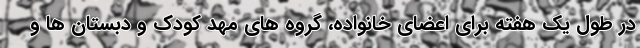
در طول یک هفته برای اعضای خانواده، گروه های مهد کودک و دبستان ها و